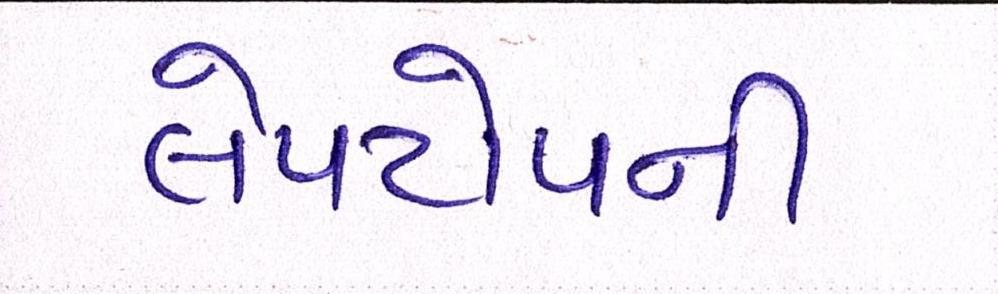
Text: લેપટોપની